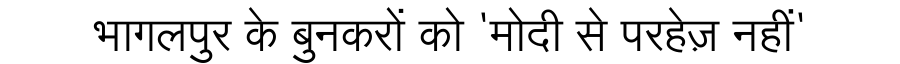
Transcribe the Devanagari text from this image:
भागलपुर के बुनकरों को 'मोदी से परहेज़ नहीं'